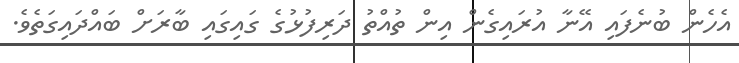
އެހެން ބުނެފައި އޭނާ އުރައިގެން އިން ތުއްތު ދަރިފުޅުގެ ގައިގައި ބާރަށް ބައްދައިގަތެވެ.